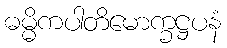
ဓမ္မိကပါတိမောက္ခဋ္ဌပနံ